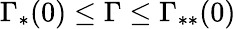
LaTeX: \Gamma_{\ast}(0)\leq\Gamma\leq\Gamma_{\ast\ast}(0)